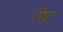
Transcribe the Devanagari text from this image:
प्रिष्ठ्